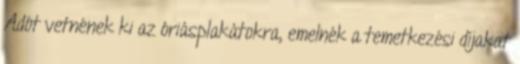
Adót vetnének ki az óriásplakátokra, emelnék a temetkezési díjakat